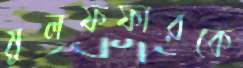
মুলফফারকে